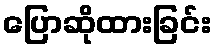
ပြောဆိုထားခြင်း